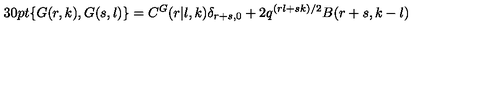
\hspace { - 1 3 0 p t } \{ G ( r , k ) , G ( s , l ) \} = C ^ { G } ( r \vert l , k ) \delta _ { r + s , 0 } + 2 q ^ { ( r l + s k ) / 2 } B ( r + s , k - l )